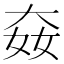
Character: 𡘛